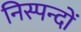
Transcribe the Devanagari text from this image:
निस्पन्दों